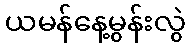
ယမန်နေ့မွန်းလွဲ